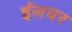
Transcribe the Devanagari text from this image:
ईलवर